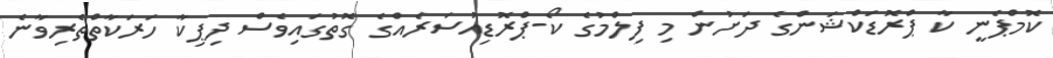
ކޮމްޕެނީ ކާ ޕްރޮޑަކްޝަންގެ ދަށުން މި ފިލްމުގެ ކޯ-ޕްރޮޑިއުސަރެއްގެ ގޮތުގައިވެސް ދިޕިކާ ހަރަކާތްތެރިވާނެ